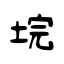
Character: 垸